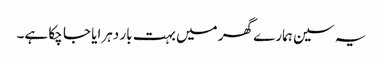
یہ سین ہمارے گھر میں بہت بار دہرایا جا چکا ہے۔